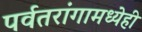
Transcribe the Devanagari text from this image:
पर्वतरांगामध्येही